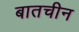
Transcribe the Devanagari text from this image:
बातचीन